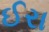
ઈરા